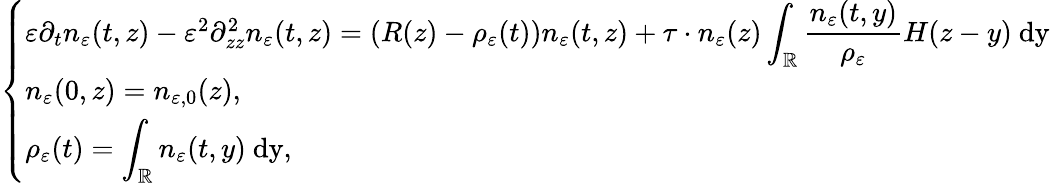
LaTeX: \left\{ \begin{array}{ll}{\varepsilon\partial_{t}n_{\varepsilon}(t,z)-\varepsilon^{2}\partial_{zz}^{2}n_{\varepsilon}(t,z)=\left(R(z)-\rho_{\varepsilon}(t)\right)n_{\varepsilon}(t,z)+\tau\cdot n_{\varepsilon}(z)\displaystyle\int_{\mathbb{R}}\frac{n_{\varepsilon}(t,y)}{\rho_{\varepsilon}}H(z-y)\ \mathrm{dy}}\\ {n_{\varepsilon}(0,z)=n_{\varepsilon,0}(z),}\\ {\rho_{\varepsilon}(t)=\displaystyle\int_{\mathbb{R}}n_{\varepsilon}(t,y)\ \mathrm{dy},}\end{array}\right.